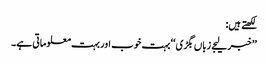
لکھتے ہیں:
’’خبر لیجے زباں بگڑی‘‘ بہت خوب اور بہت معلوماتی ہے۔